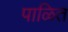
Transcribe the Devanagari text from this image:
पाळित